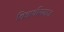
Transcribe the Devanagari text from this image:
विद्यार्थीसमाज